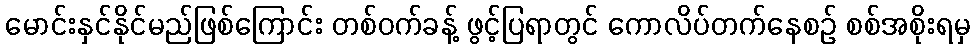
မောင်းနှင်နိုင်မည်ဖြစ်ကြောင်း တစ်ဝက်ခန့် ဖွင့်ပြရာတွင် ကောလိပ်တက်နေစဉ် စစ်အစိုးရမှ